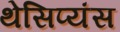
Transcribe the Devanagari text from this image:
थेसिप्यंस